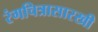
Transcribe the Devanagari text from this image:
रंगचित्रासारखी